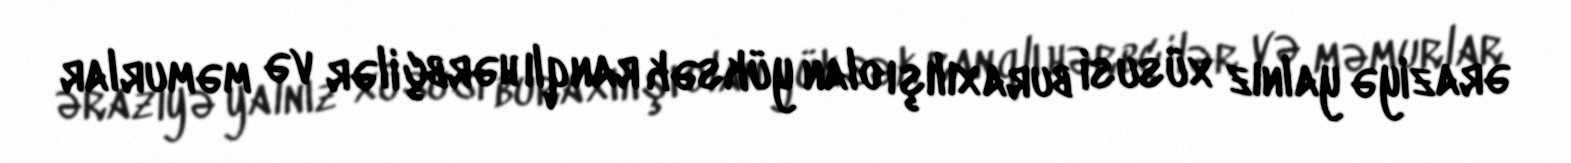
əraziyə yalnız xüsusi buraxılışı olan yüksək ranqlı hərbçilər və məmurlar